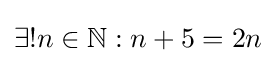
\exists !n\in \mathbb {N} :n+5=2n